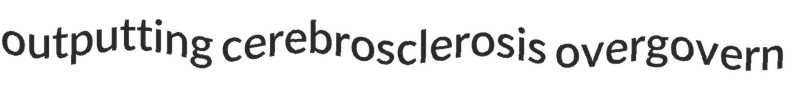
outputting cerebrosclerosis overgovern